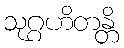
သုဂ္ဂဟိတန္တိ